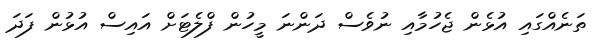
ތަނެއްގައި އުޅެން ޖެހުމާއި ނުވެސް ދަންނަ މީހުން ފްލެޓަށް އައިސް އުޅުން ފަދަ